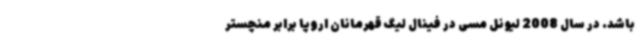
باشد. در سال 2008 لیونل مسی در فینال لیگ قهرمانان اروپا برابر منچستر